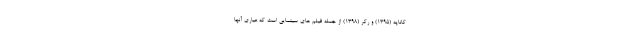
کاناپه (۱۳۹۵) و رکر (۱۳۹۸) از جمله فیلم های سینمایی است که عیاری آنها